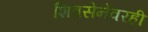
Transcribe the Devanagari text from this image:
शिवसेनेवरही